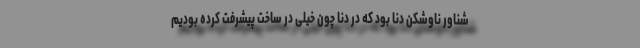
شناور ناوشکن دنا بود که در دنا چون خیلی در ساخت پیشرفت کرده بودیم